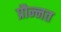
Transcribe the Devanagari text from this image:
प्रौन्‍नत